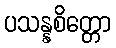
ပသန္နစိတ္တော